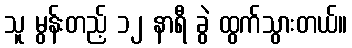
သူ မွန်းတည့် ၁၂ နာရီ ခွဲ ထွက်သွားတယ်။